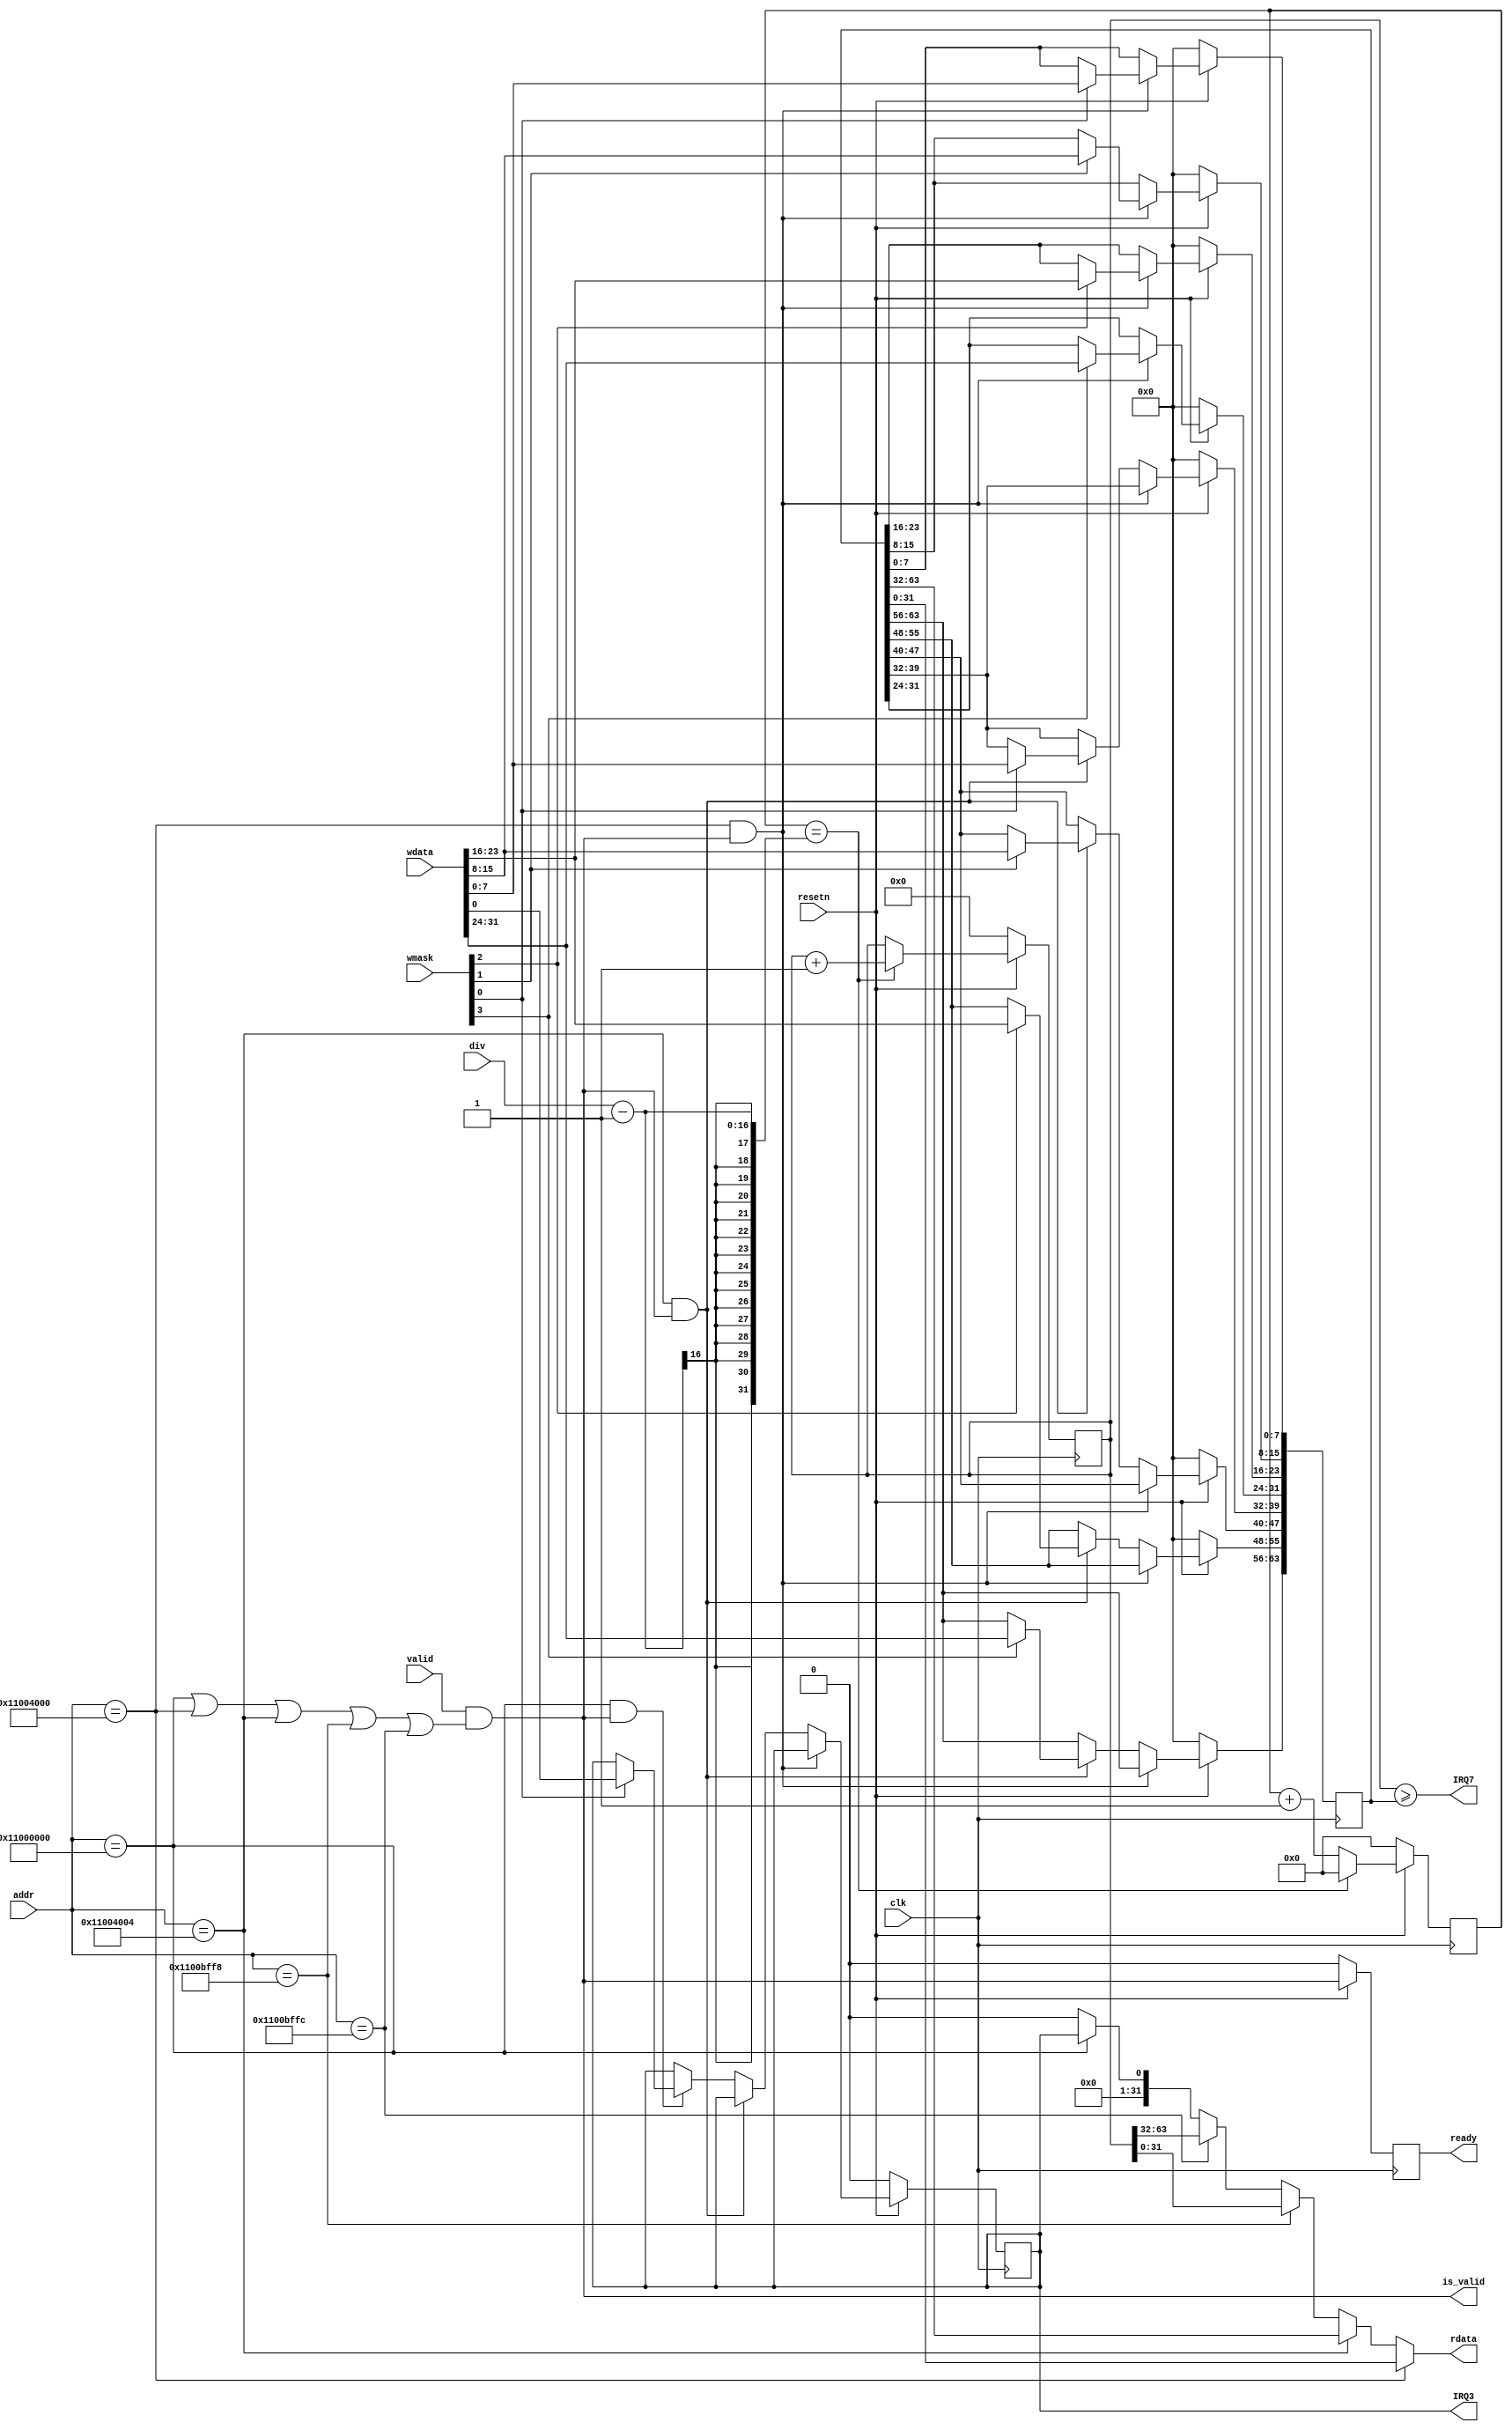
module clint (
    input wire clk,
    input wire resetn,
    input wire valid,
    input wire [31:0] addr,
    input wire [3:0] wmask,
    input wire [31:0] wdata,
    input wire [15:0] div,
    output reg [31:0] rdata,
    output wire is_valid,
    output reg ready,
    output wire IRQ3,
    output wire IRQ7
);

  wire is_msip = (addr == 32'h1100_0000);
  wire is_mtimecmpl = (addr == 32'h1100_4000);
  wire is_mtimecmph = (addr == 32'h1100_4004);
  wire is_mtimeh = (addr == 32'h1100_bffc);
  wire is_mtimel = (addr == 32'h1100_bff8);

  assign is_valid = valid && (is_msip || is_mtimecmpl || is_mtimecmph || is_mtimel || is_mtimeh);
  always @(posedge clk) ready <= !resetn ? 1'b0 : is_valid;

  reg [63:0] mtime;
  always @(posedge clk) mtime <= !resetn ? 0 : (tick) ? mtime + 1 : mtime;

  wire is_we = |wmask;

  reg [63:0] mtimecmp;
  reg msip;

  always @(posedge clk)
    if (!resetn) begin
      mtimecmp <= 0;
      msip <= 0;
    end else if (is_mtimecmpl && is_valid) begin
      if (wmask[0]) mtimecmp[7:0] <= wdata[7:0];
      if (wmask[1]) mtimecmp[15:8] <= wdata[15:8];
      if (wmask[2]) mtimecmp[23:16] <= wdata[23:16];
      if (wmask[3]) mtimecmp[31:24] <= wdata[31:24];
    end else if (is_mtimecmph && is_valid) begin
      if (wmask[0]) mtimecmp[39:32] <= wdata[7:0];
      if (wmask[1]) mtimecmp[47:40] <= wdata[15:8];
      if (wmask[2]) mtimecmp[55:48] <= wdata[23:16];
      if (wmask[3]) mtimecmp[63:56] <= wdata[31:24];
    end else if (is_msip && is_valid) begin
      if (wmask[0]) msip <= wdata[0];
    end

  always @(*) begin
    case (1'b1)
      is_mtimecmpl: rdata = mtimecmp[31:0];
      is_mtimecmph: rdata = mtimecmp[63:32];
      is_mtimel:    rdata = mtime[31:0];
      is_mtimeh:    rdata = mtime[63:32];
      is_msip:      rdata = {31'b0, msip};
      default:      rdata = 0;
    endcase
  end


  reg [17:0] tick_cnt;
  wire tick = tick_cnt == ({2'b0, div} - 1);
  always @(posedge clk) begin
    if (!resetn) begin
      tick_cnt <= 0;
    end else begin
      if (tick) begin
        tick_cnt <= 0;
      end else begin
        tick_cnt <= tick_cnt + 1;
      end
    end
  end

  assign IRQ3 = msip;
  assign IRQ7 = (mtime >= mtimecmp);

endmodule